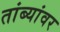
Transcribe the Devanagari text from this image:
तांब्यांवर